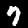
Digit: 7